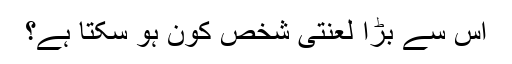
اس سے بڑا لعنتی شخص کون ہو سکتا ہے؟